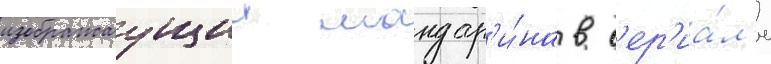
изображаущии мандар'и́на в с'ер'иа́л'е